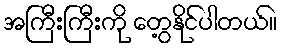
အကြီးကြီးကို တွေ့နိုင်ပါတယ်။